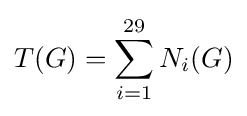
T(G)=\sum _{i=1}^{29}N_{i}(G)